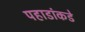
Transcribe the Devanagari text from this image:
पहाडांकडे